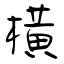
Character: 横